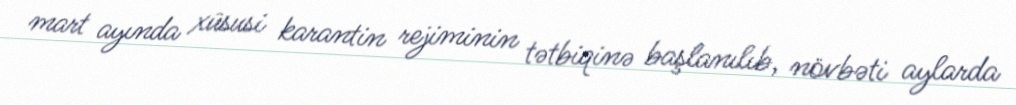
mart ayında xüsusi karantin rejiminin tətbiqinə başlanılıb, növbəti aylarda